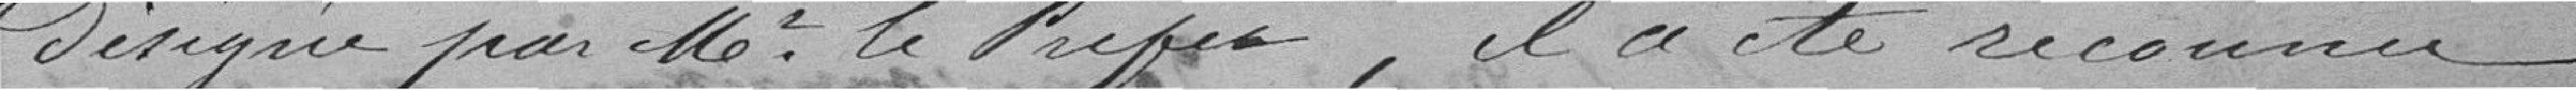
désigné par Monsieur le Préfet, il a été reconnu.